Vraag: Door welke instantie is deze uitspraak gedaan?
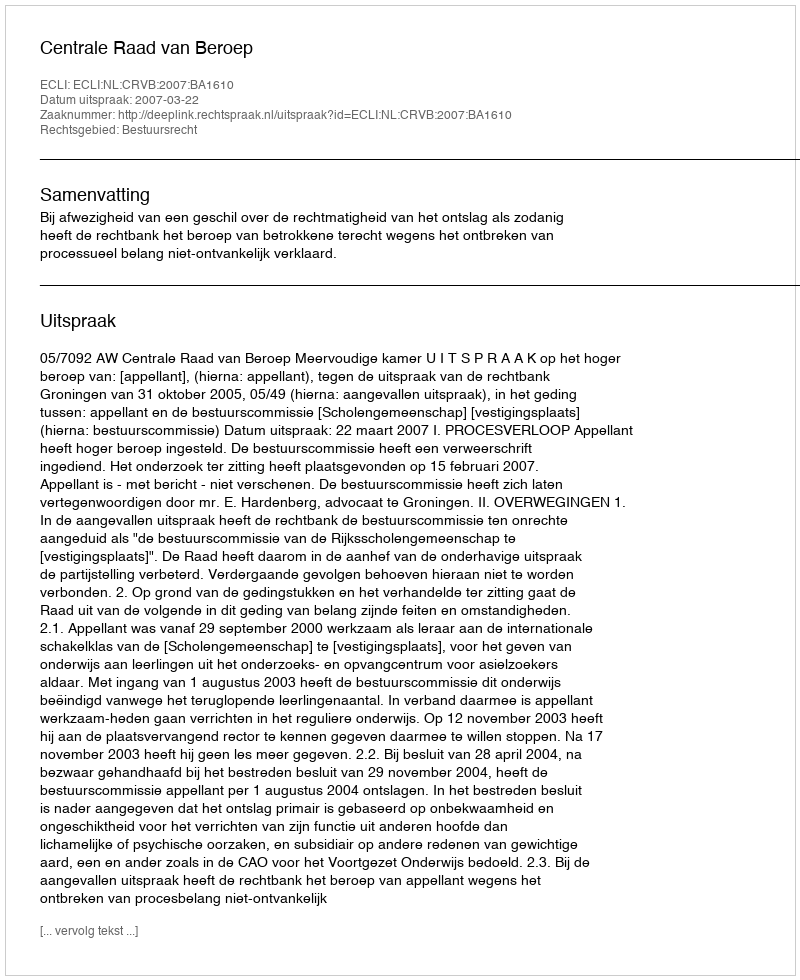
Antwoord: Centrale Raad van Beroep